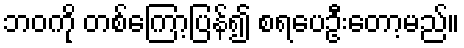
ဘဝကို တစ်ကြော့ပြန်၍ စရပေဦးတော့မည်။